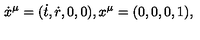
\dot { x } ^ { \mu } = ( \dot { t } , \dot { r } , 0 , 0 ) , x ^ { \mu } = ( 0 , 0 , 0 , 1 ) ,